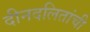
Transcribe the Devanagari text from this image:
दीनदलितांची